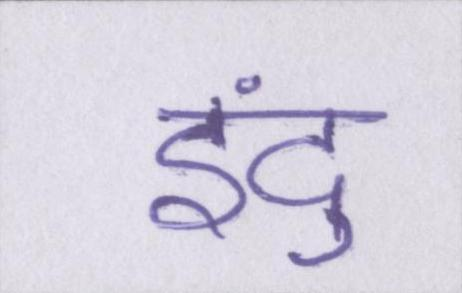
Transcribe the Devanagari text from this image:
इंदु